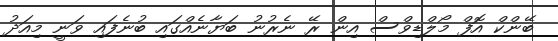
ބޭންކް އޮފް މޯލްޑިވްސް އިން ރޭ ނެރުނު ބަޔާނެއްގައި ބުނެފައި ވަނީ މިއަދު